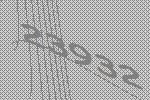
23932